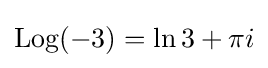
\operatorname {Log} (-3)=\ln 3+\pi i